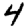
Digit: 4